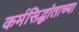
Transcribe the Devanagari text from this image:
कर्मसिद्धांताच्या